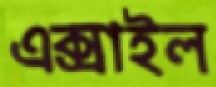
এক্সাইল